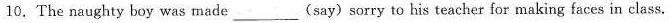
10.The naughty boy was made___(say) sorry to his teacher for making faces in class.